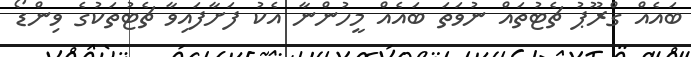
ބައެއް ގްރޫޕު ޗެޓުތައް ނުވަތަ ބައެއް މީހުންނާ އެކު ފަށާފައިވާ ޗެޓުތަކުގެ ވިންޑޯ